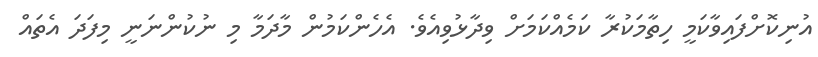
އުނިކޮށްފައިވާކަމީ ހިތާމަކުރާ ކަމެއްކަމަށް ވިދާޅުވިއެވެ. އެހެންކަމުން މާދަމާ މި ނުކުންނަނީ މިފަދަ އެތައް